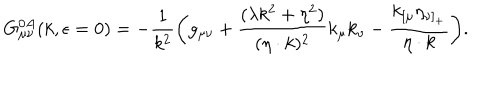
LaTeX: G _ { \mu \nu } ^ { 0 A } ( k , \epsilon = 0 ) = - { \frac { 1 } { k ^ { 2 } } } \biggl ( g _ { \mu \nu } + { \frac { ( \lambda k ^ { 2 } + \eta ^ { 2 } ) } { ( \eta \cdot k ) ^ { 2 } } } k _ { \mu } k _ { \nu } - { \frac { k _ { [ \mu } \eta _ { \nu ] _ { + } } } { \eta \cdot k } } \biggr ) .